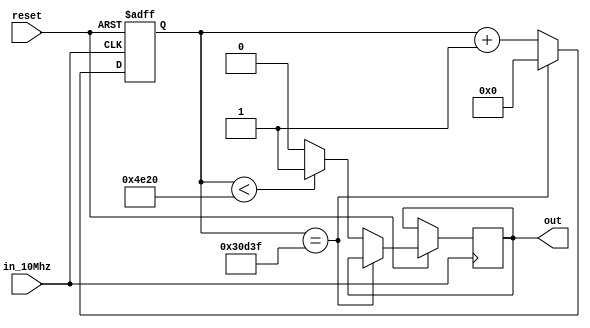
module PWM(in_10Mhz,reset,out);
	input in_10Mhz;
	input reset;
	output out;
	reg[0:0] out;
	reg[17:0] counter;
	
	always@(posedge in_10Mhz or negedge reset)
	begin
	if(!reset)
	begin
		counter <= 0;
	end
	else
		if(counter == 200000-1 )
		begin
			counter <= 0;
		end
		else
		begin
			counter <= counter+ 1; 
			if(counter < 20000)
				out <= 1;
			else
				out <= 0;
		end
end
endmodule